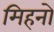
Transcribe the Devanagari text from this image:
मिहनो